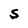
Character: S